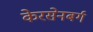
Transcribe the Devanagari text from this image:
केरसेनबर्ग